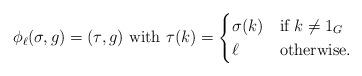
LaTeX: \begin{align*}\phi_\ell(\sigma,g) = (\tau,g)\textrm{ with }\tau(k) = \begin{cases}\sigma(k) & \textrm{if } k \neq 1_G\\\ell & \textrm{otherwise.}\end{cases}\end{align*}